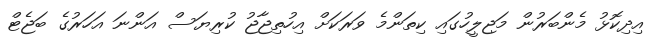
އިދިކޮޅު މެންބަރުން މަޖިލީހުގައި ކިތަންމެ ވަރަކަށް އިހުތިޖާޖު ކުރިޔަސް އަންނަ އަހަރުގެ ބަޖެޓް